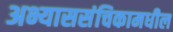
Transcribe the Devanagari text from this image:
अभ्याससंचिकामधील